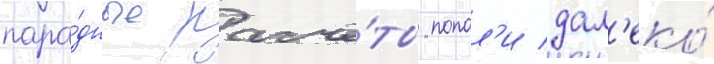
пара́дные расчё́ты попал'и дал'еко́